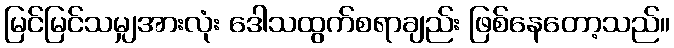
မြင်မြင်သမျှအားလုံး ဒေါသထွက်စရာချည်း ဖြစ်နေတော့သည်။